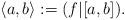
LaTeX: \begin{align*}\langle a, b \rangle := ( f | [a, b] ). \end{align*}